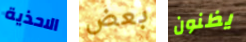
الاحذية بعض يظنون